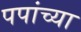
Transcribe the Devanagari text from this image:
पपांच्या